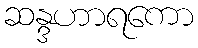
ဆန္ဒဟာရကော